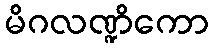
မိဂလဏ္ဍိကော